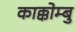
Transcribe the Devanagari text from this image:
काक्कोम्बु